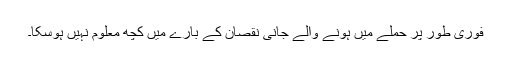
فوری طور پر حملے میں ہونے والے جانی نقصان کے بارے میں کچھ معلوم نہیں ہوسکا۔